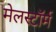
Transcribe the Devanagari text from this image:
मेलस्टाॅर्म